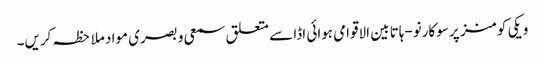
ویکی کومنز پر سوکارنو-ہاتا بین الاقوامی ہوائی اڈا سے متعلق سمعی و بصری مواد ملاحظہ کریں۔